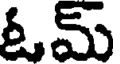
ఓమ్